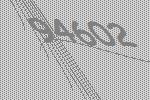
94602